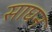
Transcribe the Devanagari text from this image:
साघन